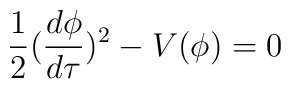
\frac{1}{2}(\frac{d\phi}{d\tau})^2 - V(\phi) = 0